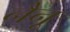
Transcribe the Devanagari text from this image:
नैनू